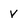
Character: v